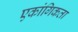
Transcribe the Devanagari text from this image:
एकांगिकता